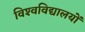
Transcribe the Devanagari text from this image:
विश्‍वविद्यालयों